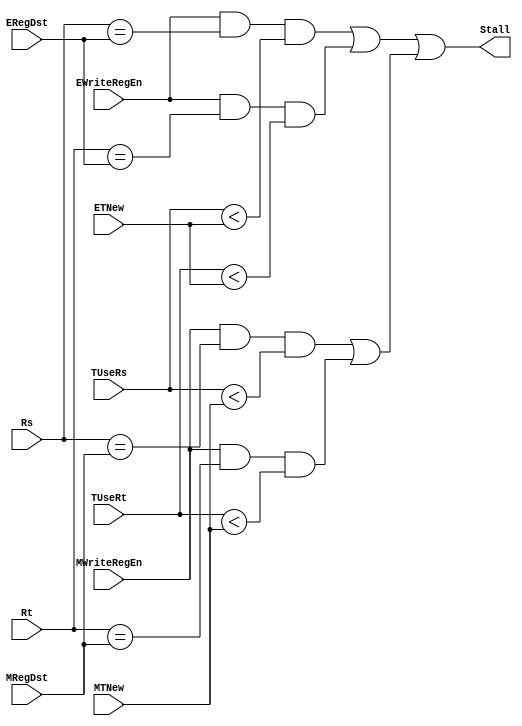
module D_STALL(
    input  [ 2:0 ]  TUseRs,
    input  [ 4:0 ]  Rs,

    input  [ 2:0 ]  TUseRt,
    input  [ 4:0 ]  Rt,
    
    input  [ 2:0 ]  ETNew,
    input  [ 4:0 ]  ERegDst,
    input           EWriteRegEn,

    input  [ 2:0 ]  MTNew,
    input  [ 4:0 ]  MRegDst,
    input           MWriteRegEn,

    output          Stall
);
    wire stall_from_E = (EWriteRegEn && (Rs == ERegDst) && (TUseRs < ETNew))
                     || (EWriteRegEn && (Rt == ERegDst) && (TUseRt < ETNew));
    wire stall_from_M = (MWriteRegEn && (Rs == MRegDst) && (TUseRs < MTNew))
                     || (MWriteRegEn && (Rt == MRegDst) && (TUseRt < MTNew));

    assign Stall = (stall_from_E || stall_from_M);



endmodule